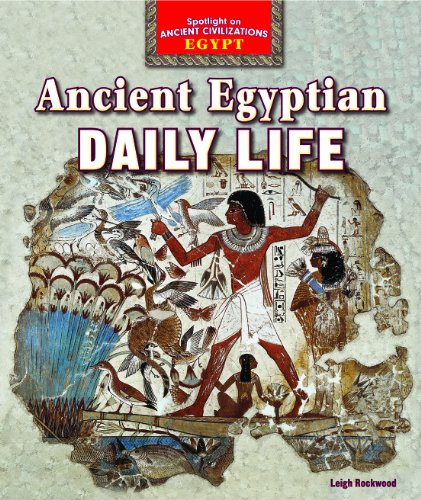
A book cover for Ancient Egyptian Daily Life (Spotlight on Ancient Civilizations: Egypt); Leigh Rockwood; Children's Books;